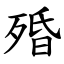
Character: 殙